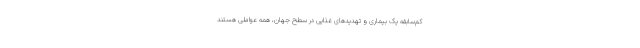
کم‌سابقه یک بیماری و تهدیدهای غذایی در سطح جهان، همه عواملی هستند